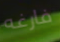
فارغه